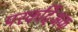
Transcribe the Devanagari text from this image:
परकर्दिअक